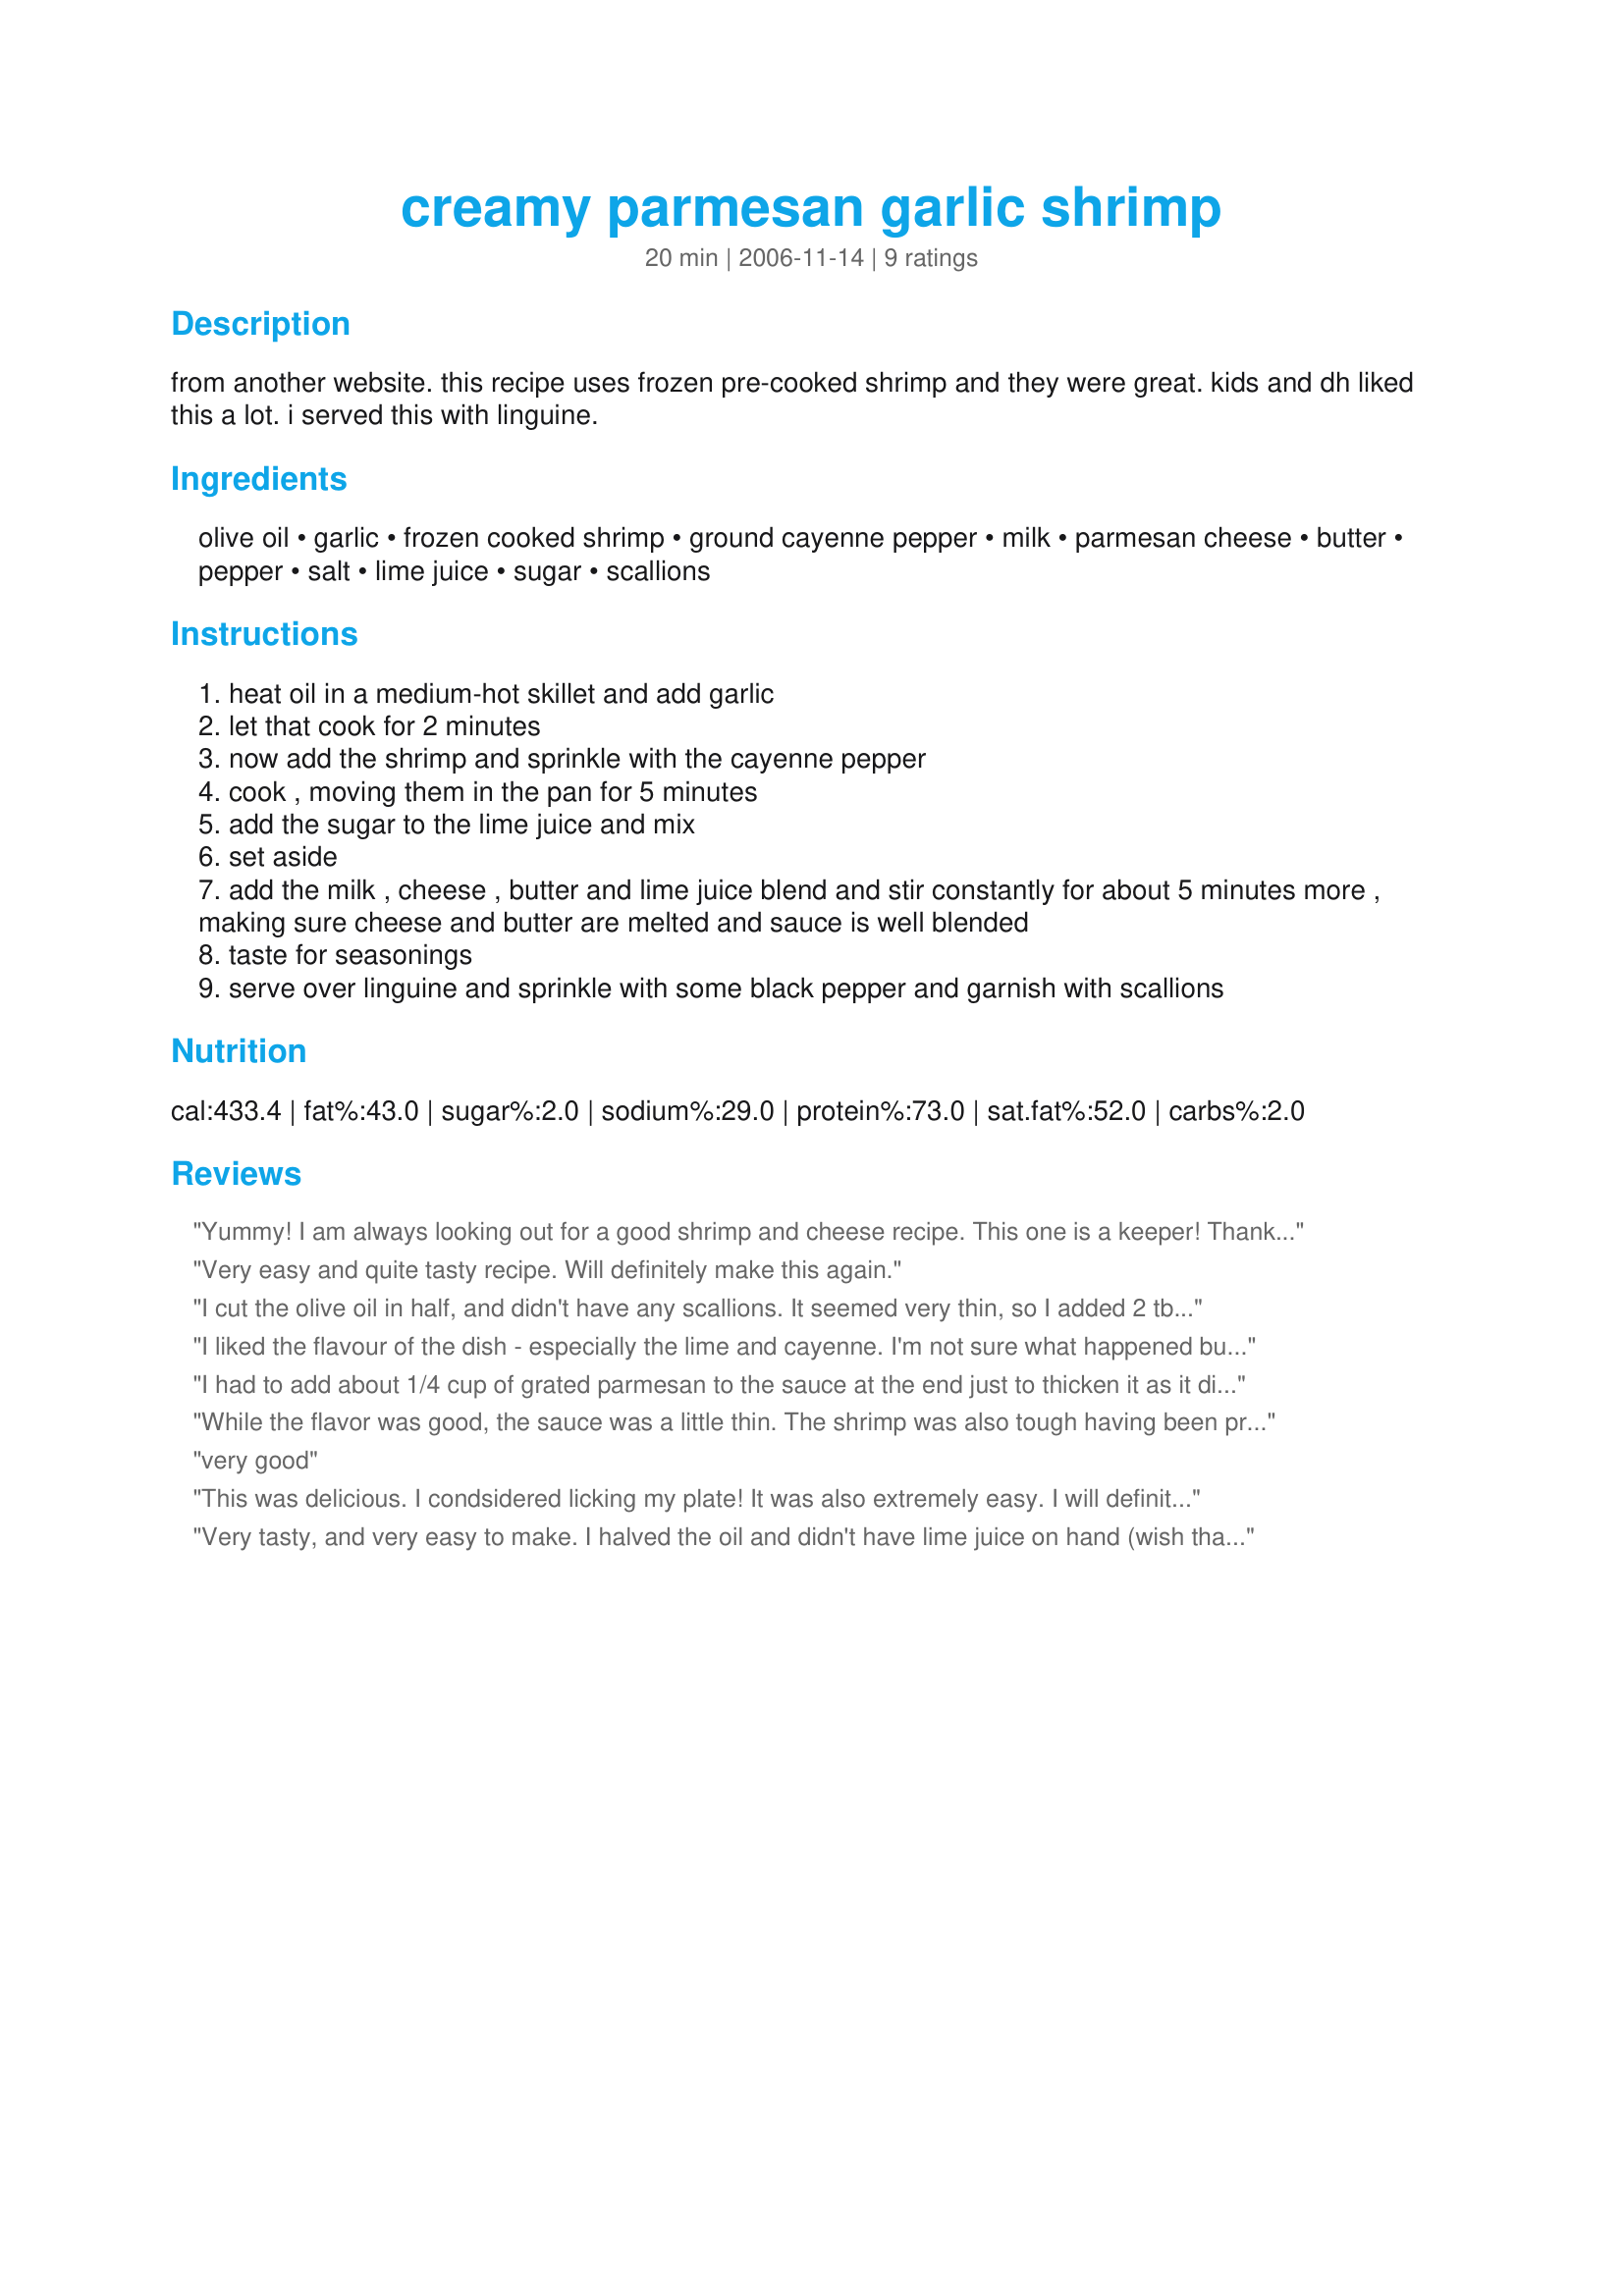
creamy parmesan garlic shrimp
Preparation time: 20 minutes

from another website. this recipe uses frozen pre-cooked shrimp and they were great. kids and dh liked this a lot. i served this with linguine.

Ingredients:
olive oil, garlic, frozen cooked shrimp, ground cayenne pepper, milk, parmesan cheese, butter, pepper, salt, lime juice, sugar, scallions

Steps:
heat oil in a medium-hot skillet and add garlic
let that cook for 2 minutes
now add the shrimp and sprinkle with the cayenne pepper
cook , moving them in the pan for 5 minutes
add the sugar to the lime juice and mix
set aside
add the milk , cheese , butter and lime juice blend and stir constantly for about 5 minutes more , making sure cheese and butter are melted and sauce is well blended
taste for seasonings
serve over linguine and sprinkle with some black pepper and garnish with scallions

Reviews:
Yummy! I am always looking out for a good shrimp and cheese recipe. This one is a keeper! Thank you
Very easy and quite tasty recipe. Will definitely make this again.
I cut the olive oil in half, and didn't have any scallions. It seemed very thin, so I added 2 tbsp. flour at the end to thicken the sauce. I served it with penne and broccoli. Out of 4 of us, 1 thought it was a bit too spicy, 2 loved it, and 1 who doesn't like shrimp loved it.
A quick, tasty keeper!
I liked the flavour of the dish - especially the lime and cayenne. I'm not sure what happened but the parmesan cheese did not melt into the sauce but was really chewy and stringy. I would probably take out the shrimp and then add the cheese to the sauce and then add the shrimp back in. So the flavour was great but the texture was problematic for us. I didn't find it too runny - I threw in the pasta and tossed it with the sauce and it absorbed some of the liquid.
I had to add about 1/4 cup of grated parmesan to the sauce at the end just to thicken it as it didn't want to thicken on it's own and that made the sauce "gritty". Next time I'll use a different type of cheese. 
Yummy dinner though. I served it with a side of peas and some herb biscuits.
While the flavor was good, the sauce was a little thin. The shrimp was also tough having been pre-cooked and then cooked even longer. Next time, I would add the shrimp at the last minute just to heat it through since it's already cooked.
very good
This was delicious. I condsidered licking my plate! It was also extremely easy. I will definitely make this again.
Very tasty, and very easy to make. I halved the oil and didn't have lime juice on hand (wish that I had!). Thanks!
